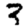
Digit: 3